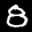
Label: 8